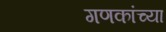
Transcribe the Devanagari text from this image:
गणकांच्या